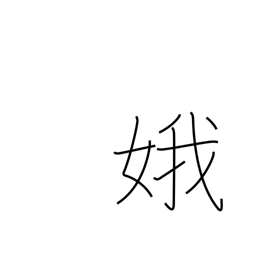
Meaning: beautiful